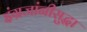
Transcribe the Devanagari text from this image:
इंग्रजांनीसुद्धा